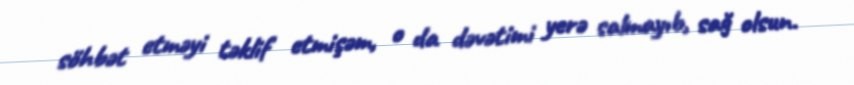
söhbət etməyi təklif etmişəm, o da dəvətimi yerə salmayıb, sağ olsun.